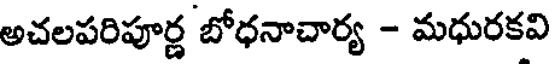
అచలపరిపూర్ణ బోధనాచార్య - మధురకవి